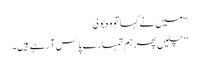
“ میں نے کہا تو وہ بولی
” چلیں پھرہم تمہارے پاس آ رہے ہیں۔